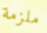
ملزمة